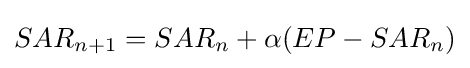
{SAR}_{n+1}={SAR}_{n}+\alpha (EP-{SAR}_{n})